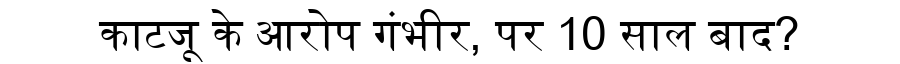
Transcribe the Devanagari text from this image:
काटजू के आरोप गंभीर, पर 10 साल बाद?